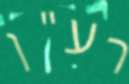
רע"ן